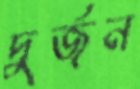
দুর্জন